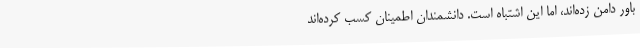
باور دامن زده‌اند، اما این اشتباه است. دانشمندان اطمینان کسب کرده‌اند